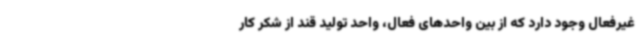
غیرفعال وجود دارد که از بین واحدهای فعال، واحد تولید قند از شکر کار